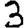
Digit: 3